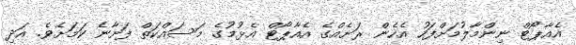
އެއާޕޯޓް ނިންމާލުމަށްފަހު އެހެން ރަށެއްގެ އެއާޕޯޓް އެޅުމުގެ މަސައްކަތް ފަށާނެ ކަމަށެވެ. އަދި